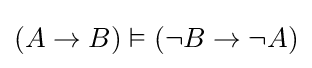
(A\rightarrow B)\vDash (\lnot B\rightarrow \lnot A)